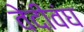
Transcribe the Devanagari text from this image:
वेदीवंघ